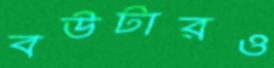
বউটারও